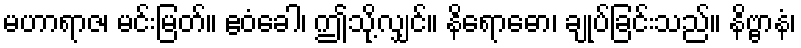
မဟာရာဇ၊ မင်းမြတ်။ ဧဝံခေါ၊ ဤသို့လျှင်။ နိရောဓော၊ ချုပ်ခြင်းသည်။ နိဗ္ဗာနံ၊